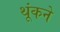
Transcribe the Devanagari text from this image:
थूंकने